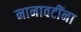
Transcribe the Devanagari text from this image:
नानावटींना